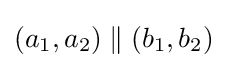
(a_{1},a_{2})\parallel (b_{1},b_{2})